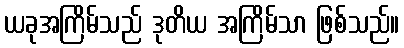
ယခုအကြိမ်သည် ဒုတိယ အကြိမ်သာ ဖြစ်သည်။